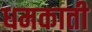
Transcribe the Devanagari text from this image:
धमकाती